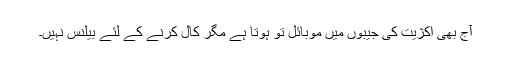
آج بھی اکژیت کی جیبوں میں موبائل تو ہوتا ہے مگر کال کرنے کے لئے بیلنس نہیں۔